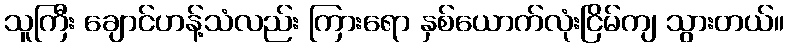
သူကြီး ချောင်ဟန့်သံလည်း ကြားရော နှစ်ယောက်လုံးငြိမ်ကျ သွားတယ်။